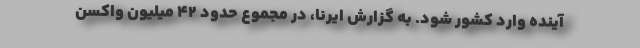
آینده وارد کشور شود. به گزارش ایرنا، در مجموع حدود ۴۲ میلیون واکسن